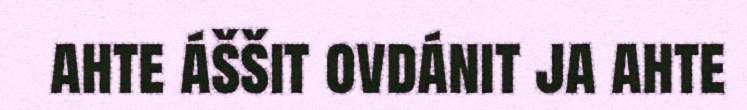
ahte áššit ovdánit ja ahte